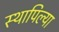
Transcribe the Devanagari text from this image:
स्थापिल्या